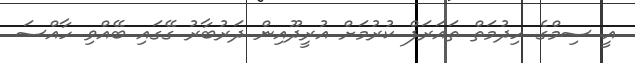
އީ ސިމްގެ ހިދުމަތް ތައަރަފް ކުރުމަށް އުރީދޫއިން ދަރުބާރު ގޭގައި ބޭއްވި ހާއްސަ